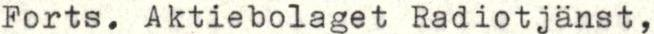
Forts. Aktiebolaget Radiotjänst,